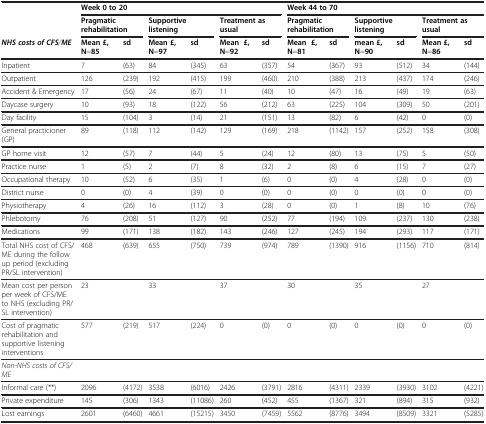
<table><thead><tr><td><b> </b></td><td colspan="6"><b>Week 0 to 20</b></td><td colspan="6"><b>Week 44 to 70</b></td></tr><tr><td><b> </b></td><td colspan="2"><b>Pragmatic rehabilitation</b></td><td colspan="2"><b>Supportive listening</b></td><td colspan="2"><b>Treatment as usual</b></td><td colspan="2"><b>Pragmatic rehabilitation</b></td><td colspan="2"><b>Supportive listening</b></td><td colspan="2"><b>Treatment as usual</b></td></tr><tr><td><b><i>NHS costs of CFS</i><i>/</i><i>ME</i></b></td><td><b>Mean £,N=85</b></td><td><b>sd</b></td><td><b>Mean £, N=97</b></td><td><b>sd</b></td><td><b>Mean £,N=92</b></td><td><b>sd</b></td><td><b>Mean £,N=81</b></td><td><b>sd</b></td><td><b>mean £, N=90</b></td><td><b>sd</b></td><td><b>Mean £, N=86</b></td><td><b>sd</b></td></tr></thead><tbody><tr><td>Inpatient</td><td>7</td><td>(63)</td><td>84</td><td>(345)</td><td>63</td><td>(357)</td><td>54</td><td>(367)</td><td>93</td><td>(512)</td><td>34</td><td>(144)</td></tr><tr><td>Outpatient</td><td>126</td><td>(239)</td><td>192</td><td>(415)</td><td>199</td><td>(460)</td><td>210</td><td>(388)</td><td>213</td><td>(437)</td><td>174</td><td>(246)</td></tr><tr><td>Accident &amp; Emergency</td><td>17</td><td>(56)</td><td>24</td><td>(67)</td><td>11</td><td>(40)</td><td>10</td><td>(47)</td><td>16</td><td>(49)</td><td>19</td><td>(63)</td></tr><tr><td>Daycase surgery</td><td>10</td><td>(93)</td><td>18</td><td>(122)</td><td>56</td><td>(212)</td><td>63</td><td>(225)</td><td>104</td><td>(309)</td><td>50</td><td>(201)</td></tr><tr><td>Day facility</td><td>15</td><td>(104)</td><td>3</td><td>(14)</td><td>21</td><td>(151)</td><td>13</td><td>(82)</td><td>6</td><td>(42)</td><td>0</td><td>(0)</td></tr><tr><td>General practicioner (GP)</td><td>89</td><td>(118)</td><td>112</td><td>(142)</td><td>129</td><td>(169)</td><td>218</td><td>(1142)</td><td>157</td><td>(252)</td><td>158</td><td>(308)</td></tr><tr><td>GP home visit</td><td>12</td><td>(57)</td><td>7</td><td>(44)</td><td>5</td><td>(24)</td><td>12</td><td>(80)</td><td>13</td><td>(75)</td><td>5</td><td>(50)</td></tr><tr><td>Practice nurse</td><td>1</td><td>(5)</td><td>2</td><td>(7)</td><td>8</td><td>(32)</td><td>2</td><td>(8)</td><td>6</td><td>(15)</td><td>7</td><td>(27)</td></tr><tr><td>Occupational therapy</td><td>10</td><td>(52)</td><td>6</td><td>(35)</td><td>1</td><td>(6)</td><td>0</td><td>(0)</td><td>4</td><td>(28)</td><td>0</td><td>(0)</td></tr><tr><td>District nurse</td><td>0</td><td>(0)</td><td>4</td><td>(39)</td><td>0</td><td>(0)</td><td>0</td><td>(0)</td><td>0</td><td>(0)</td><td>0</td><td>(0)</td></tr><tr><td>Physiotherapy</td><td>4</td><td>(26)</td><td>16</td><td>(112)</td><td>3</td><td>(28)</td><td>0</td><td>(0)</td><td>1</td><td>(8)</td><td>10</td><td>(76)</td></tr><tr><td>Phlebotomy</td><td>76</td><td>(208)</td><td>51</td><td>(127)</td><td>90</td><td>(252)</td><td>77</td><td>(194)</td><td>109</td><td>(237)</td><td>130</td><td>(238)</td></tr><tr><td>Medications</td><td>99</td><td>(171)</td><td>138</td><td>(182)</td><td>143</td><td>(246)</td><td>127</td><td>(245)</td><td>194</td><td>(293)</td><td>117</td><td>(171)</td></tr><tr><td>Total NHS cost of CFS/ME during the follow up period (excluding PR/SL intervention)</td><td>468</td><td>(639)</td><td>655</td><td>(750)</td><td>739</td><td>(974)</td><td>789</td><td>(1390)</td><td>916</td><td>(1156)</td><td>710</td><td>(814)</td></tr><tr><td>Mean cost per person per week of CFS/ME to NHS (excluding PR/SL intervention)</td><td>23</td><td> </td><td>33</td><td> </td><td>37</td><td> </td><td>30</td><td> </td><td>35</td><td> </td><td>27</td><td> </td></tr><tr><td>Cost of pragmatic rehabilitation and supportive listening interventions</td><td>577</td><td>(219)</td><td>517</td><td>(224)</td><td>0</td><td>(0)</td><td>0</td><td>(0)</td><td>0</td><td>(0)</td><td>0</td><td>(0)</td></tr><tr><td><i>Non-NHS costs of CFS/ME</i></td><td> </td><td> </td><td> </td><td> </td><td> </td><td> </td><td> </td><td> </td><td> </td><td> </td><td> </td><td> </td></tr><tr><td>Informal care (**)</td><td>2096</td><td>(4172)</td><td>3538</td><td>(6016)</td><td>2426</td><td>(3791)</td><td>2816</td><td>(4311)</td><td>2339</td><td>(3930)</td><td>3102</td><td>(4221)</td></tr><tr><td>Private expenditure</td><td>145</td><td>(306)</td><td>1343</td><td>(11086)</td><td>260</td><td>(452)</td><td>455</td><td>(1367)</td><td>321</td><td>(894)</td><td>315</td><td>(932)</td></tr><tr><td>Lost earnings</td><td>2601</td><td>(6460)</td><td>4661</td><td>(15215)</td><td>3450</td><td>(7459)</td><td>5562</td><td>(8776)</td><td>3494</td><td>(8509)</td><td>3321</td><td>(5285)</td></tr></tbody></table>